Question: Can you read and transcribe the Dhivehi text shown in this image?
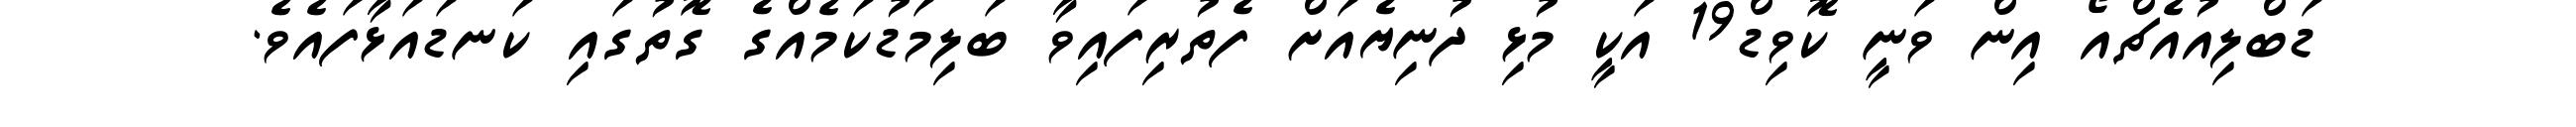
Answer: ޑަބްލިއުއެޗްއޯ އިން ވަނީ ކޮވިޑް19 އަކީ މުޅި ދުނިޔެއަށް ފެތުރިފައިވާ ބަލިމަޑުކަމެއްގެ ގޮތުގައި ކަނޑައަޅާފައެވެ.